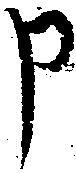
申